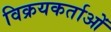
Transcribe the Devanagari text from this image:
विक्रयकर्ताओं